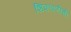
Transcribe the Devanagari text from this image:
शिकवणीची